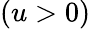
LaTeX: (u>0)